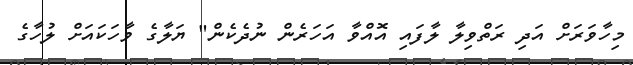
މިހާވަރަށް އަދި ރަތްވިލާ ލާފައި އޮއްވާ އަހަރެން ނުދެކެން" ޔަލާގެ ވާހަކައަށް ލުހާގެ